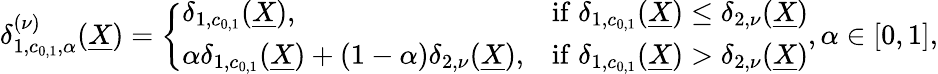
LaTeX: \begin{array}{r}{\delta_{1,c_{0,1},\alpha}^{(\nu)}(\underline{{X}})=\left\{ \begin{array}{ll}{\delta_{1,c_{0,1}}(\underline{{X}}),}&{\mathrm{if}\; \delta_{1,c_{0,1}}(\underline{{X}})\leq\delta_{2,\nu}(\underline{{X}})}\\ {\alpha\delta_{1,c_{0,1}}(\underline{{X}})+(1-\alpha)\delta_{2,\nu}(\underline{{X}}),}&{\mathrm{if}\; \delta_{1,c_{0,1}}(\underline{{X}})>\delta_{2,\nu}(\underline{{X}})}\end{array}\right.,\alpha\in[0,1],}\end{array}